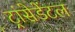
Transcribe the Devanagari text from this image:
ट्रांसेडेंटल